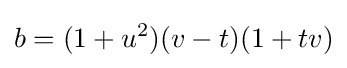
b=(1+u^{2})(v-t)(1+tv)